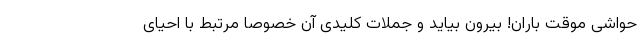
حواشی موقت باران! بیرون بیاید و جملات کلیدی آن خصوصا مرتبط با احیای